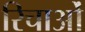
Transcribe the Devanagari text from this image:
रिचाओं